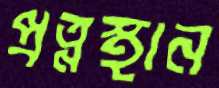
প্রত্নস্থান